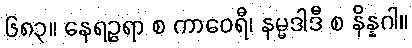
၆၈၃။ နေရဉ္ဇရာ စ ကာဝေရီ၊ နမ္မဒါဒီ စ နိန္နဂါ။